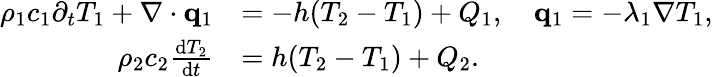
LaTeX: \begin{array}{rl}{\rho_{1}c_{1}\partial_{t}T_{1}+\nabla\cdot\mathbf q_{1}}&{=-h(T_{2}-T_{1})+Q_{1},\quad\mathbf q_{1}=-\lambda_{1}\nabla T_{1},}\\ {\rho_{2}c_{2}\frac{\textrm{d}T_{2}}{\textrm{d}t}}&{=h(T_{2}-T_{1})+Q_{2}.}\end{array}